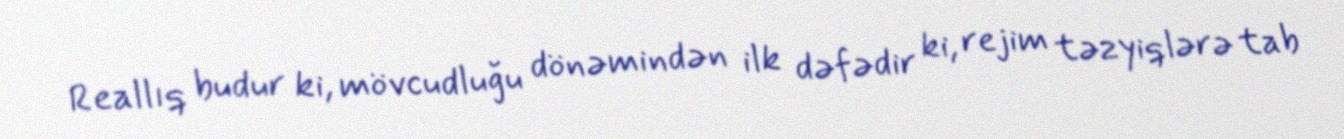
Reallıq budur ki, mövcudluğu dönəmindən ilk dəfədir ki, rejim təzyiqlərə tab